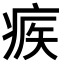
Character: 𤶥